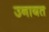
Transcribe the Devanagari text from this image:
उनायत